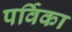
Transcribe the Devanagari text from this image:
पर्विका